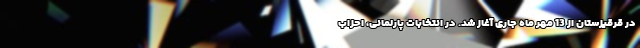
در قرقیزستان از 13 مهر ماه جاری آغاز شد. در انتخابات پارلمانی، احزاب